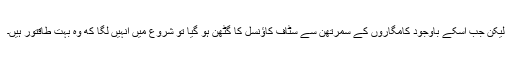
لیکن جب اسکے باوجود کامگاروں کے سمرتھن سے سٹاف کاؤنسل کا گٹھن ہو گیا تو شروع میں انہیں لگا که وہ بہت طاقتور ہیں۔